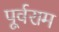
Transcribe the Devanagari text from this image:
पूर्वराम